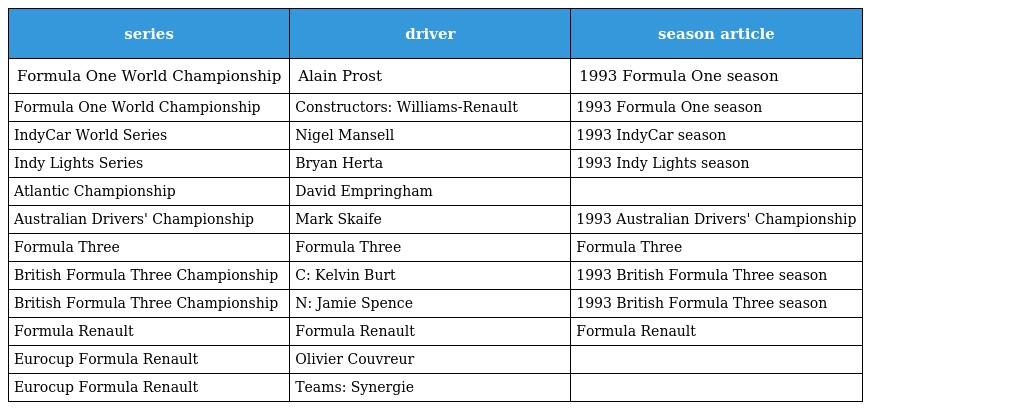
| series | driver | season article |
 | --- | --- | --- |
 | Formula One World Championship | Alain Prost | 1993 Formula One season |
 | Formula One World Championship | Constructors: Williams-Renault | 1993 Formula One season |
 | IndyCar World Series | Nigel Mansell | 1993 IndyCar season |
 | Indy Lights Series | Bryan Herta | 1993 Indy Lights season |
 | Atlantic Championship | David Empringham |  |
 | Australian Drivers' Championship | Mark Skaife | 1993 Australian Drivers' Championship |
 | Formula Three | Formula Three | Formula Three |
 | British Formula Three Championship | C: Kelvin Burt | 1993 British Formula Three season |
 | British Formula Three Championship | N: Jamie Spence | 1993 British Formula Three season |
 | Formula Renault | Formula Renault | Formula Renault |
 | Eurocup Formula Renault | Olivier Couvreur |  |
 | Eurocup Formula Renault | Teams: Synergie |  |